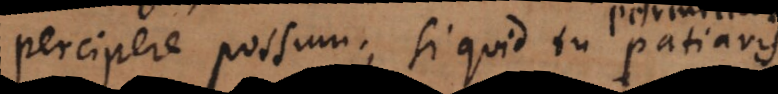
pere possum; si quid tu patiaris.